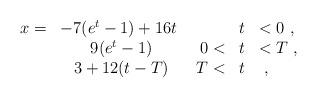
LaTeX: \begin{align*}\begin{array}{rcrcl}x=&-7 (e^t-1)+16 t\mbox{ } & &t&<0 \ , \\ & 9 (e^t -1) & 0<&t&<T \ , \\ & 3+12 (t-T) & T<&t& \ ,\end{array} \end{align*}